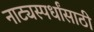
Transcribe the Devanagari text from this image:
नाट्यस्पर्धांसाठी